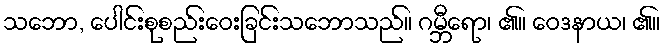
သဘော, ပေါင်းစုစည်းဝေးခြင်းသဘောသည်။ ဂမ္ဘီရော၊ ၏။ ဝေဒနာယ၊ ၏။